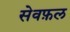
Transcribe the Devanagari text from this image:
सेवफ़ल